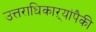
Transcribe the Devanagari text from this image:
उत्तराधिकाऱ्यांपैकी